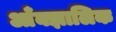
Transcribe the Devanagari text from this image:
आँक्झालिक